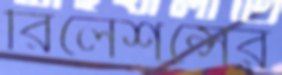
রিলেশন্সের